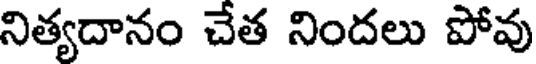
నిత్యదానం చేత నిందలు పోవు